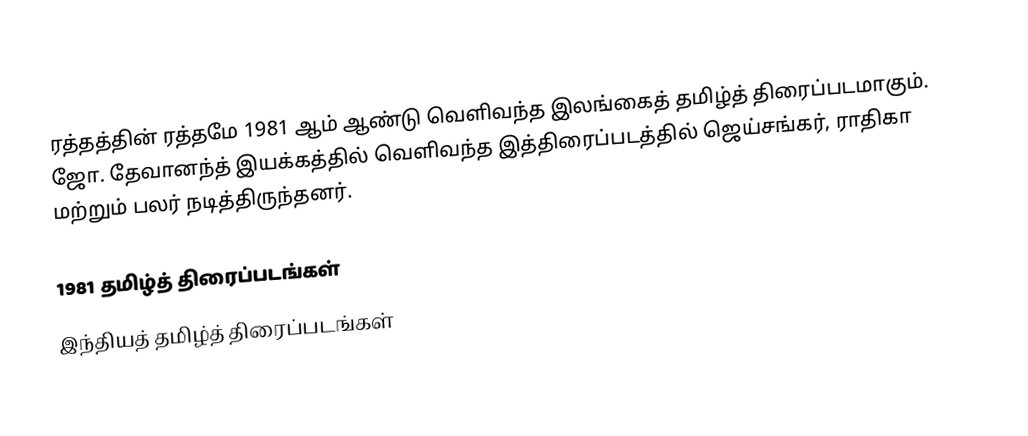
ரத்தத்தின் ரத்தமே 1981 ஆம் ஆண்டு வெளிவந்த இலங்கைத் தமிழ்த் திரைப்படமாகும். ஜோ. தேவானந்த் இயக்கத்தில் வெளிவந்த இத்திரைப்படத்தில் ஜெய்சங்கர், ராதிகா மற்றும் பலர் நடித்திருந்தனர்.

1981 தமிழ்த் திரைப்படங்கள்
இந்தியத் தமிழ்த் திரைப்படங்கள்